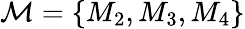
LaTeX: \mathcal{M}=\{ M_{2},M_{3},M_{4}\}